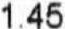
1.45